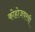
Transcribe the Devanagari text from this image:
कोहोजवरची